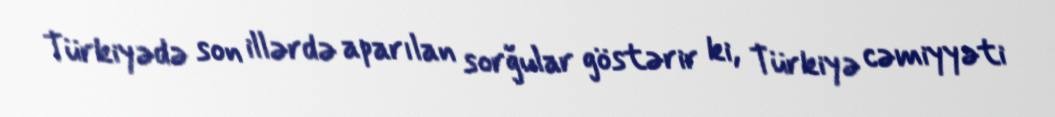
Türkiyədə son illərdə aparılan sorğular göstərir ki, Türkiyə cəmiyyəti